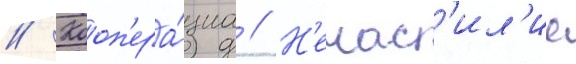
// Кооп'ера́циа // Н'енас'ил'ие